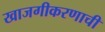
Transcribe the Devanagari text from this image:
खाजगीकरणाची